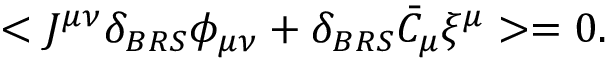
< J ^ { \mu \nu } \delta _ { B R S } \phi _ { \mu \nu } + \delta _ { B R S } \bar { C } _ { \mu } \xi ^ { \mu } > = 0 .